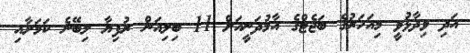
އަދި ވިދާޅުވީ މިއަހަރުގެ ބަޖެޓްގެ އާމުދަނީއަށް 11 ބިލިއަން ރުފިޔާ ލިބޭނެ ކަމަށާއި